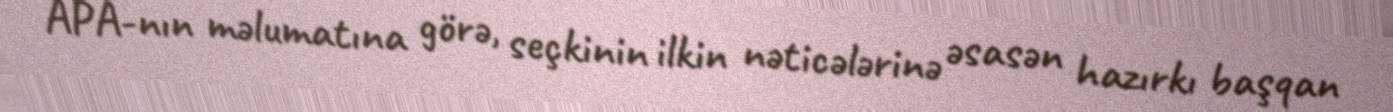
APA-nın məlumatına görə, seçkinin ilkin nəticələrinə əsasən hazırkı başqan